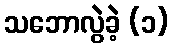
သဘောလွဲခဲ့ (၁)